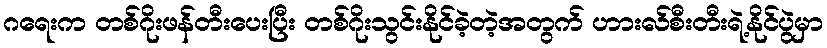
ဂရေးက တစ်ဂိုးဖန်တီးပေးပြီး တစ်ဂိုးသွင်းနိုင်ခဲ့တဲ့အတွက် ဟားလ်စီးတီးရဲ့နိုင်ပွဲမှာ